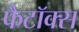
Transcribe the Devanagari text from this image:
फैटॉक्स